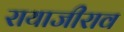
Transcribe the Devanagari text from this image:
रायाजीराव